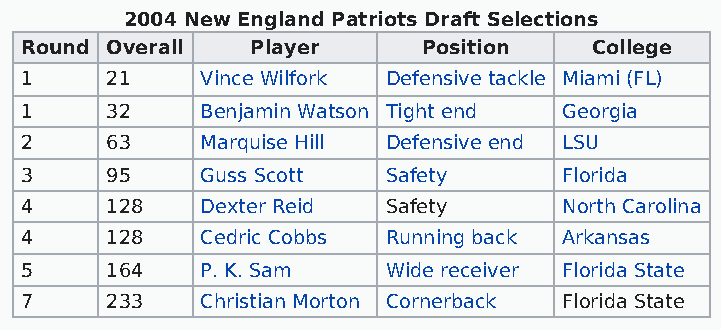
2004 New England Patriots Draft Selections
 Round Overall   Player     Position   College
 1     21    Vince Wilfork Defensive tackle Miami (FL)
 1     32    Benjamin Watson Tight end Georgia
 2     63    Marquise Hill Defensive end LSU
 3     95    Guss Scott   Safety     Florida
 4     128   Dexter Reid  Safety     North Carolina
 4     128   Cedric Cobbs Running back Arkansas
 5     164   P. K. Sam    Wide receiver Florida State
 7     233   Christian Morton Cornerback Florida State